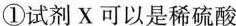
①试剂X可以是稀硫酸 潮解后的物质